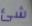
شئ